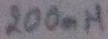
Text: 200mH